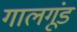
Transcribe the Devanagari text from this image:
गालगूंड